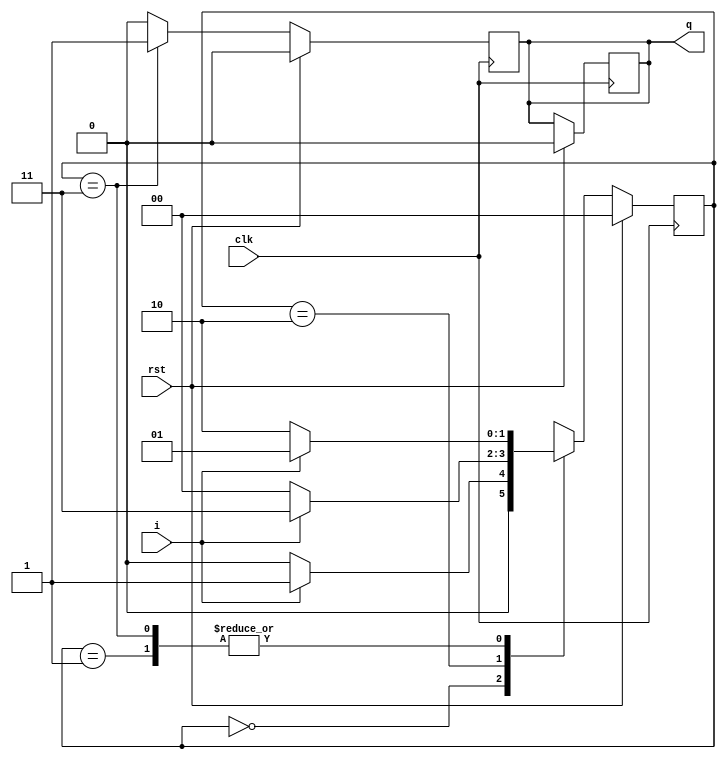
// moore modle of sequence dector 101 using 3 always block and non overlapping case.
module seq_mor_101(input i, clk, rst, output reg q);
  // state decleration.
  localparam idle = 2'b00;
  localparam s1 = 2'b01;
  localparam s10 = 2'b10;
  localparam s101= 2'b11;
  
  reg [1:0]ps, ns;  // state veriable
  
  always @(posedge clk)
  if(rst) begin
  q=0;
  ps=idle; end
  else
    ps=ns;
    
    // overlapping case of state machine.
    always @(ps) begin
    case(ps)
      idle:if(i==1) ns=s1;
            else ns=idle;
      s1:  if(i==1)ns=s1;
            else ns=s10; 
      s10: if(i==1) ns=s101;
            else ns=idle;
      s101:if(i==1) ns= s1;
            else ns= s10; 
    endcase
   end
    
    // non-overlapping case.
/*    always@(posedge clk)
    case(ps)
      idle:if(i==1) ns=s1;
            else ns=idle;
      s1:  if(i==1)ns=s1;
            else ns=s10; 
      s10: if(i==1) ns=s101;
            else ns=idle;
      s101:if(i==1) ns= s1;
            else ns= idle;
    endcase
    */
    
    always @(posedge clk)
    if(rst)
    q=0;
    else if(ps==s101)
    q=1;
    else
    q=0; 
     
endmodule